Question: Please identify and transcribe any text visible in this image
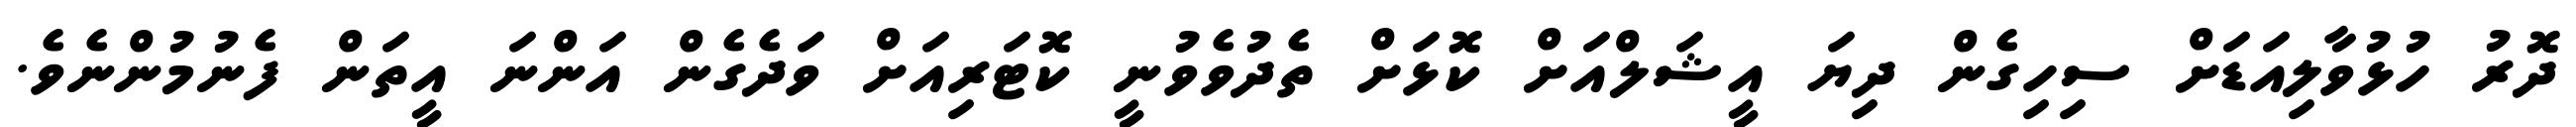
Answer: ދޮރު ހުޅުވާލިއަޑަށް ސިހިގެން ދިޔަ އީޝަލްއަށް ކޮޅަށް ތެދުވެވުނީ ކޮޓަރިއަށް ވަދެގެން އަންނަ އީތަން ފެނުމުންނެވެ.